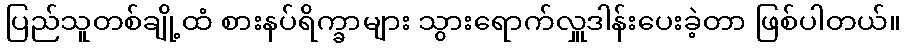
ပြည်သူတစ်ချို့ထံ စားနပ်ရိက္ခာများ သွားရောက်လှူဒါန်းပေးခဲ့တာ ဖြစ်ပါတယ်။